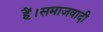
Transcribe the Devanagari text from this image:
हैं।समाजवादी